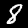
Label: 8